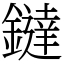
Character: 鐽